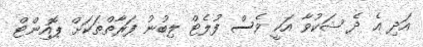
އަދި އެ ދެ ޝަކުވާ އަކީ ވެސް ފުލެޓް ލިބުނު ފަރާތްތަކަށް ޕޮއިންޓް